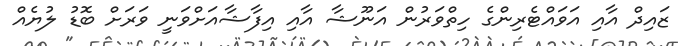
ޒައިދް އާއި އަވައްޓެރިންގެ ހިތްވަރުން އަނޫޝާ އާއި އިފާޝާއަށްވަނީ ވަރަށް ބޮޑު ލުޔެއް